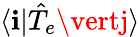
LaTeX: \langle\mathbf{i}\vert\hat{{T}}_{e}\vertj\rangle